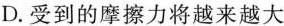
D.受到的摩擦力将越来越大